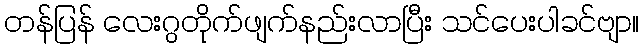
တန်ပြန် လေးဂွတိုက်ဖျက်နည်းလာပြီး သင်ပေးပါခင်ဗျာ။